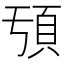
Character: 𩑕